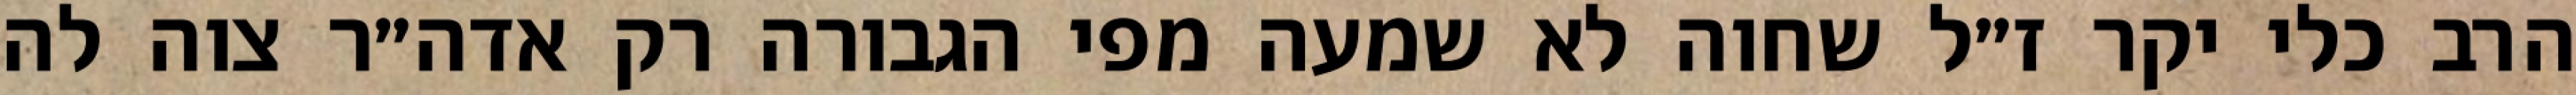
הרב כלי יקר ז״ל שחוה לא שמעה מפי הגבורה רק אדה״ר צוה לה